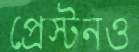
প্রেস্টনও